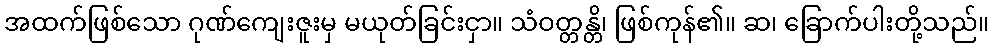
အထက်ဖြစ်သော ဂုဏ်ကျေးဇူးမှ မယုတ်ခြင်းငှာ။ သံဝတ္တန္တိ၊ ဖြစ်ကုန်၏။ ဆ၊ ခြောက်ပါးတို့သည်။